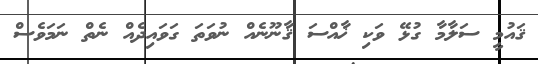
ޤައުމީ ސަލާމާ ގުޅޭ ވަކި ޚާއްސަ ޤާނޫނެއް ނުވަތަ ގަވައިދެއް ނެތް ނަމަވެސް